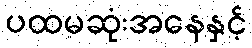
ပထမဆုံးအနေနှင့်